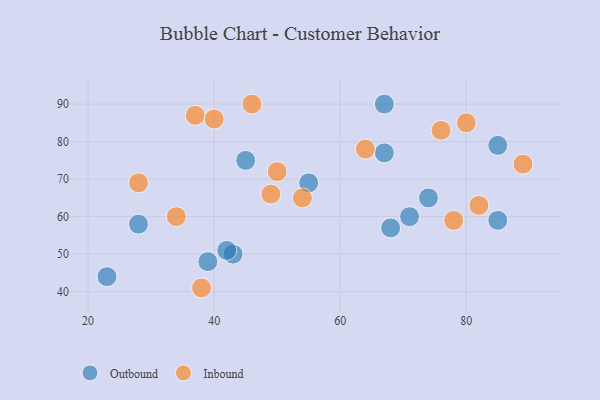
{"axis": {"x": "GDP", "y": "Life Expectancy"}, "legend": ["Inbound", "Outbound"], "data": [{"x": "45", "y": 75, "type": "Outbound"}, {"x": "55", "y": 69, "type": "Outbound"}, {"x": "28", "y": 58, "type": "Outbound"}, {"x": "43", "y": 50, "type": "Outbound"}, {"x": "67", "y": 90, "type": "Outbound"}, {"x": "39", "y": 48, "type": "Outbound"}, {"x": "85", "y": 59, "type": "Outbound"}, {"x": "74", "y": 65, "type": "Outbound"}, {"x": "68", "y": 57, "type": "Outbound"}, {"x": "71", "y": 60, "type": "Outbound"}, {"x": "42", "y": 51, "type": "Outbound"}, {"x": "85", "y": 79, "type": "Outbound"}, {"x": "23", "y": 44, "type": "Outbound"}, {"x": "67", "y": 77, "type": "Outbound"}, {"x": "46", "y": 90, "type": "Inbound"}, {"x": "28", "y": 69, "type": "Inbound"}, {"x": "38", "y": 41, "type": "Inbound"}, {"x": "49", "y": 66, "type": "Inbound"}, {"x": "89", "y": 74, "type": "Inbound"}, {"x": "64", "y": 78, "type": "Inbound"}, {"x": "80", "y": 85, "type": "Inbound"}, {"x": "76", "y": 83, "type": "Inbound"}, {"x": "37", "y": 87, "type": "Inbound"}, {"x": "82", "y": 63, "type": "Inbound"}, {"x": "34", "y": 60, "type": "Inbound"}, {"x": "50", "y": 72, "type": "Inbound"}, {"x": "78", "y": 59, "type": "Inbound"}, {"x": "40", "y": 86, "type": "Inbound"}, {"x": "54", "y": 65, "type": "Inbound"}]}